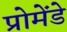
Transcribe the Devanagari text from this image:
प्रोमेंडे